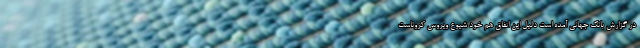
در گزارش بانک جهانی آمده است دلیل این اتفاق هم خود شیوع ویروس کروناست